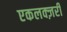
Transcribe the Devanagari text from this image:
एकलक्ज़री